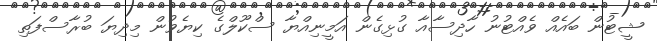
ޝީޓުން ބައެއް ވެއްޓުނު ހާދިސާއާ ގުޅިގެން އަމީނިއްޔާ ސްކޫލްގެ ކިޔެވުން މިދިޔަ ބުރާސްފަތި